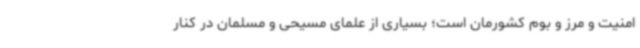
امنیت و مرز و بوم کشورمان است؛ بسیاری از علمای مسیحی و مسلمان در کنار